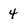
Character: 4